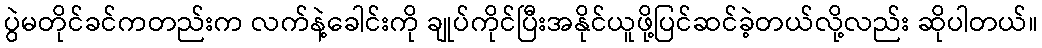
ပွဲမတိုင်ခင်ကတည်းက လက်နဲ့ခေါင်းကို ချုပ်ကိုင်ပြီးအနိုင်ယူဖို့ပြင်ဆင်ခဲ့တယ်လို့လည်း ဆိုပါတယ်။